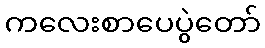
ကလေးစာပေပွဲတော်